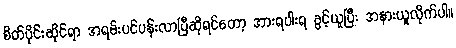
စိတ်ပိုင်းဆိုင်ရာ အရမ်းပင်ပန်းလာပြီဆိုရင်တော့ အားရပါးရ ခွင့်ယူပြီး အနားယူလိုက်ပါ။